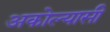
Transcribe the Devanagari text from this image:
अकोल्यासी